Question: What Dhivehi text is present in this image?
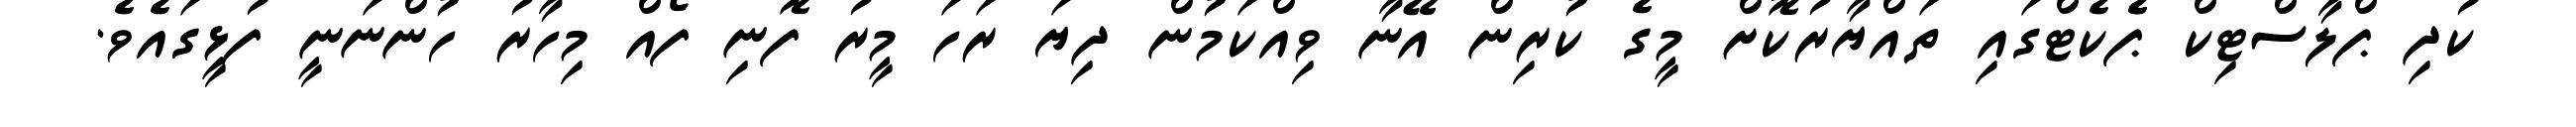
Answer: ކުދި ޕްލާސްޓިކް ޕެެކެޓްގައި ތައްޔާރުކޮށް މީގެ ކުރިން އޭނާ ވިއްކަމުން ދިޔަ ރަހަ މީރު ފޮނި ފޯއް މިހާރު ހުންނަނީ ފުޅީގައެވެ.